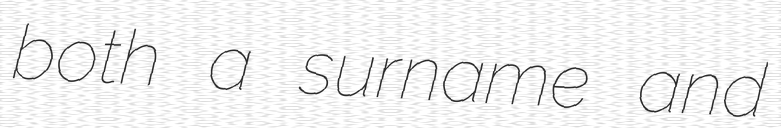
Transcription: both a surname and